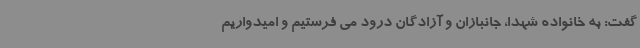
گفت: به خانواده شهدا، جانبازان و آزادگان درود می فرستیم و امیدواریم